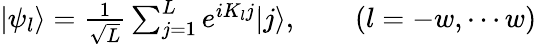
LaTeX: \begin{array}{r}{|\psi_{l}\rangle=\frac{1}{\sqrt{L}}\sum_{j=1}^{L}e^{iK_{l}j}|j\rangle,\qquad(l=-w,\cdots w)}\end{array}